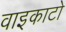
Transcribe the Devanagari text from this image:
वाइकाटो